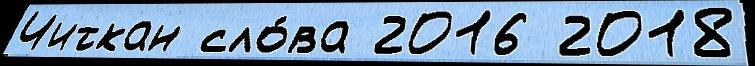
Читкан сло́ва 2016 2018